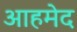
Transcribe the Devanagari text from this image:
आहमेद